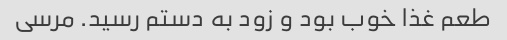
طعم غذا خوب بود و زود به دستم رسید. مرسی